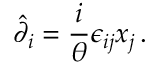
\hat { \partial } _ { i } = \displaystyle { \frac { i } { \theta } } \epsilon _ { i j } x _ { j } \, .